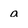
Character: a